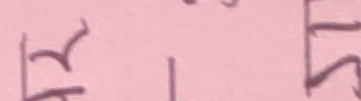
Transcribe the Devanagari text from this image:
र । म